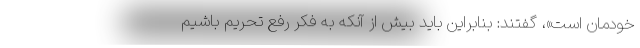
خودمان است»، گفتند: بنابراین باید بیش از آنکه به فکر رفع تحریم باشیم